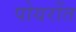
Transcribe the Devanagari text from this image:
पोयरोंत